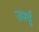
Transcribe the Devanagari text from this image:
उपर्यु